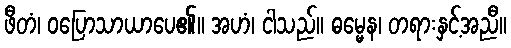
ဖီတံ၊ ဝပြောသာယာပေ၏။ အဟံ၊ ငါသည်။ ဓမ္မေန၊ တရားနှင့်အညီ။